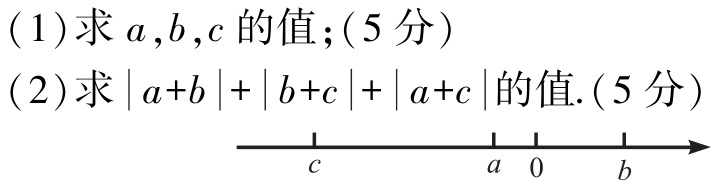
(1)求 \(a,b,c\) 的值;(\(5\) 分)

(2)求 \(|a + b|+|b + c|+|a + c|\) 的值.(\(5\) 分)

\begin{tikzpicture}

\draw[->] (-3,0) -- (3,0);

\foreach \x in {-2,-1,1,2}

\draw (\x,0.1) -- (\x,-0.1) node[below] {$\x$};

\draw (-2,0) node[below] {$c$};

\draw (-0.5,0) node[below] {$a$};

\draw (1.5,0) node[below] {$b$};

\end{tikzpicture}